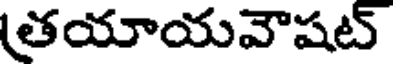
తయాయవౌషట్